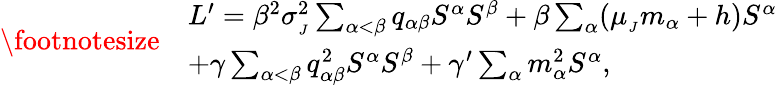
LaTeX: {\footnotesize\begin{array}{rl}&{L^{\prime}=\beta^{2}\sigma_{_{J}}^{2}\sum_{\alpha<\beta}q_{\alpha\beta}S^{\alpha}S^{\beta}+\beta\sum_{\alpha}(\mu_{_{J}}m_{\alpha}+h)S^{\alpha}}\\ &{+\gamma\sum_{\alpha<\beta}q_{\alpha\beta}^{2}S^{\alpha}S^{\beta}+\gamma^{\prime}\sum_{\alpha}m_{\alpha}^{2}S^{\alpha},}\end{array}}